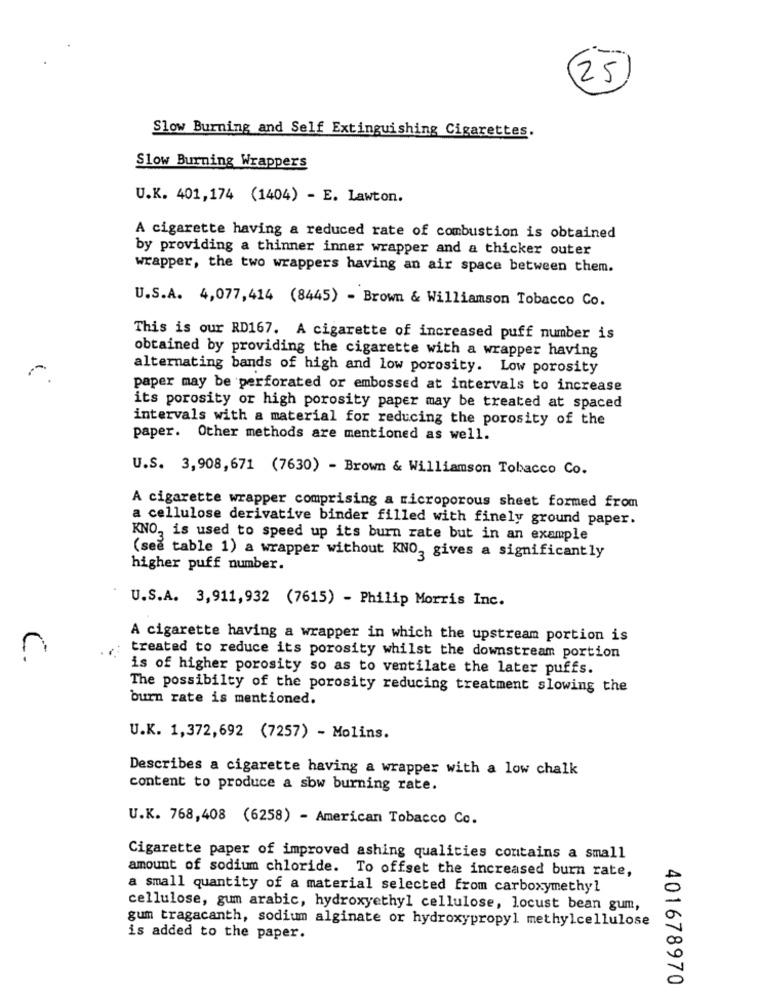
25
Slow Burning and Self Extinguishing Cigarettes.
Slow Burning Wrappers
U.K. 401,174 (1404) - E. Lawton.
A cigarette having a reduced rate of combustion is obtained
by providing a thinner inner wrapper and a thicker outer
wrapper, the two wrappers having an air space between them.
U.S.A. 4,077,414 (8445) - Brown & Williamson Tobacco Co.
This is our RD167. A cigarette of increased puff number is
obtained by providing the cigarette with a wrapper having
alternating bands of high and low porosity. Low porosity
paper may be perforated or embossed at intervals to increase
its porosity or high porosity paper may be treated at spaced
intervals with a material for reducing the porosity of the
paper. Other methods are mentioned as well.
U.S. 3,908,671 (7630) - Brown & Williamson Tobacco Co.
A cigarette wrapper comprising a microporous sheet formed from
a cellulose derivative binder filled with finely ground paper.
KNO, is used to speed up its burn rate but in an example
(see table 1) a wrapper without KNO, gives a significantly
higher puff number.
U.S.A. 3,911,932 (7615) - Philip Morris Inc.
A cigarette having a wrapper in which the upstream portion is
treated to reduce its porosity whilst the downstream portion
is of higher porosity so as to ventilate the later puffs.
The possibilty of the porosity reducing treatment slowing the
burn rate is mentioned.
U.K. 1,372,692 (7257) - Molins.
Describes a cigarette having a wrapper with a low chalk
content to produce a sbw burning rate.
U.K. 768,408 (6258) - American Tobacco Co.
Cigarette paper of improved ashing qualities contains a small
amount of sodium chloride. To offset the increased burn rate,
a small quantity of a material selected from carboxymethyl
cellulose, gum arabic, hydroxyethyl cellulose, locust bean gum,
gum tragacanth, sodium alginate or hydroxypropyl methylcellulose
is added to the paper.
401678970